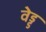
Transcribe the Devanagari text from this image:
वेड्ड